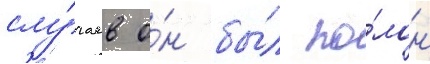
слу́чаев о́н бы́л по́лон